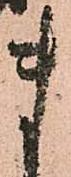
ま